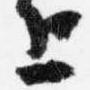
上